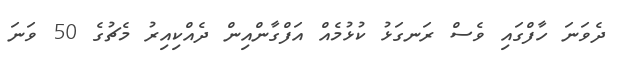
ދެވަނަ ހާފްގައި ވެސް ރަނގަޅު ކުޅުމެއް އަފްގާންއިން ދެއްކިއިރު މެޗުގެ 50 ވަނަ